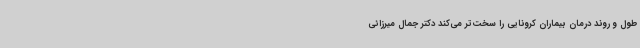
طول و روند درمان بیماران کرونایی را سخت‌تر می‌کند دکتر جمال میرزائی